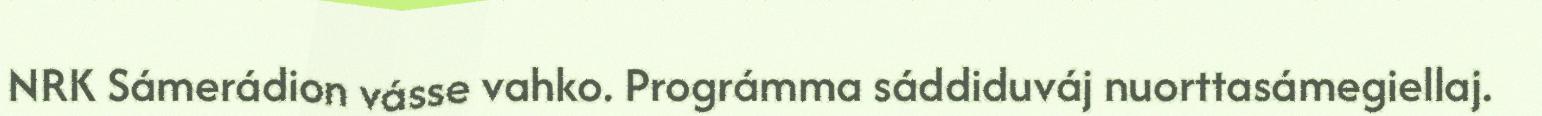
NRK Sámerádion vásse vahko. Prográmma sáddiduváj nuorttasámegiellaj.